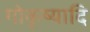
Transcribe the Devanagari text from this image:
गोकृष्यादि